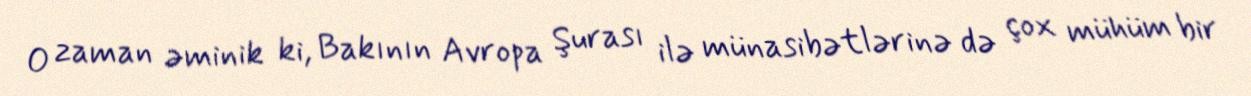
O zaman əminik ki, Bakının Avropa Şurası ilə münasibətlərinə də çox mühüm bir